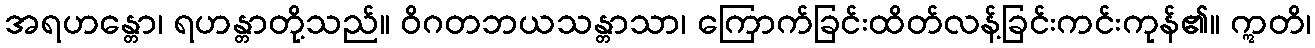
အရဟန္တော၊ ရဟန္တာတို့သည်။ ဝိဂတဘယသန္တာသာ၊ ကြောက်ခြင်းထိတ်လန့်ခြင်းကင်းကုန်၏။ ဣတိ၊